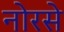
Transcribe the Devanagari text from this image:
नोरसे